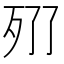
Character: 𣧓